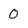
Character: 0